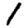
Digit: 1